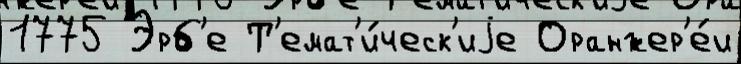
1775 Эрб'е Т'емат'и́ческ'иjе Оранжер'е́и